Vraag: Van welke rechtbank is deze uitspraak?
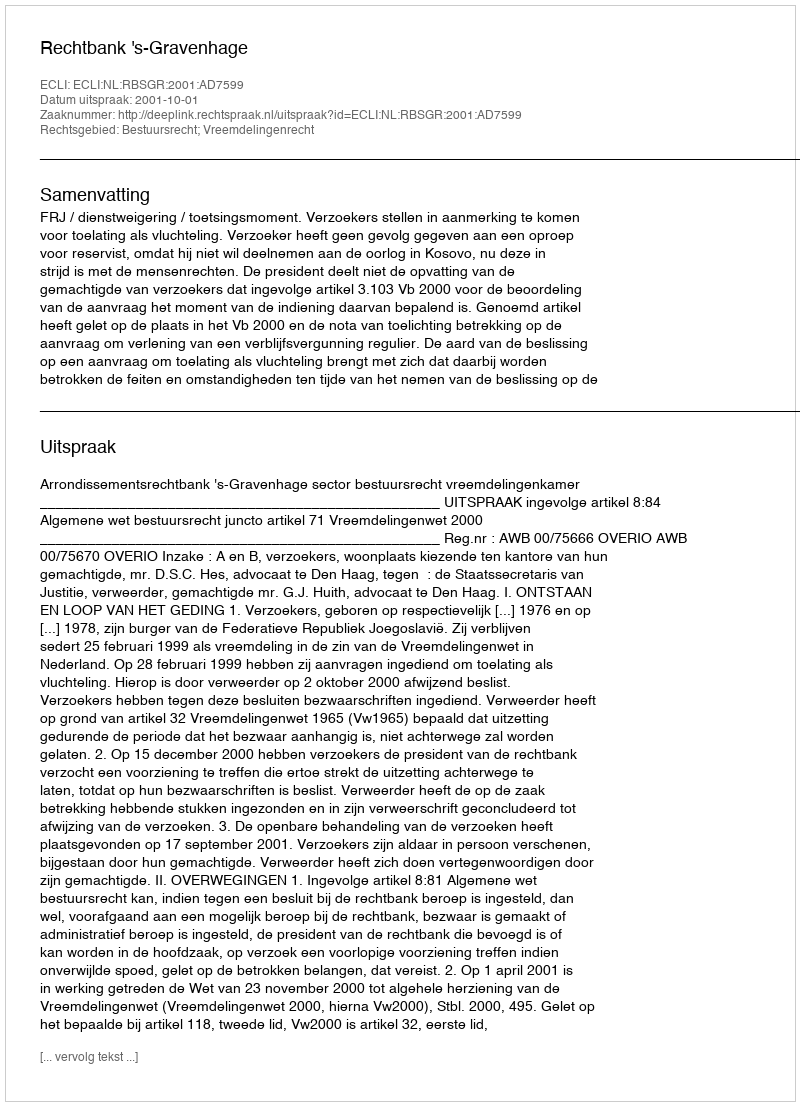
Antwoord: Rechtbank 's-Gravenhage